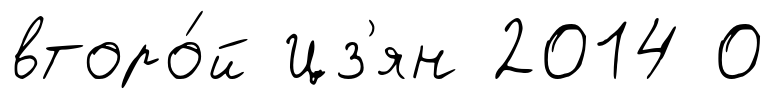
второ́й Цз'ян 2014 0